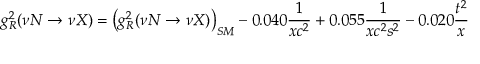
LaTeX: g _ { R } ^ { 2 } ( \nu N \rightarrow \nu X ) = \left( g _ { R } ^ { 2 } ( \nu N \rightarrow \nu X ) \right) _ { S M } - 0 . 0 4 0 { \frac { 1 } { x c ^ { 2 } } } + 0 . 0 5 5 { \frac { 1 } { x c ^ { 2 } s ^ { 2 } } } - 0 . 0 2 0 { \frac { t ^ { 2 } } { x } }